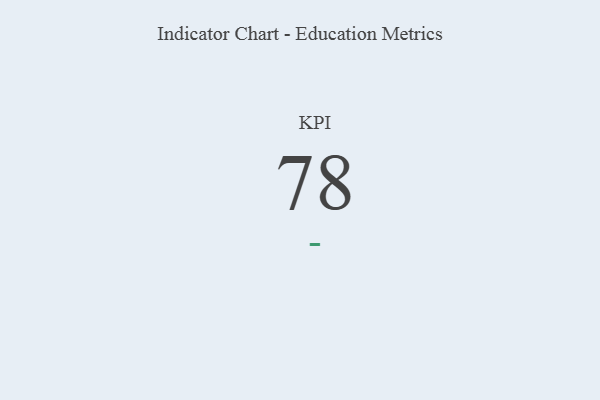
{"axis": {"x": "KPI", "y": "Value"}, "legend": [""], "data": [{"x": "KPI", "y": 78, "type": ""}]}